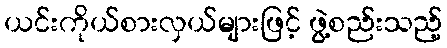
ယင်းကိုယ်စားလှယ်များဖြင့် ဖွဲ့စည်းသည့်